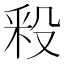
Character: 𣪖